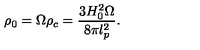
\rho _ { 0 } = \Omega \rho _ { c } = \frac { 3 H _ { 0 } ^ { 2 } \Omega } { 8 \pi l _ { p } ^ { 2 } } .